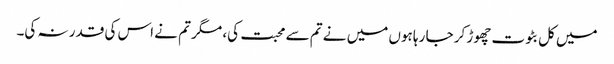
میں کل بٹوت چھوڑ کر جا رہا ہوں میں نے تم سے محبت کی، مگر تم نے اس کی قدر نہ کی۔